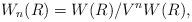
LaTeX: \begin{align*}W_n(R)= W(R)/V^n W(R),\end{align*}